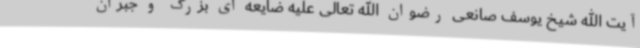
آیت الله شیخ یوسف صانعی رضوان الله تعالی علیه ضایعه ای بزرگ و جبران